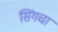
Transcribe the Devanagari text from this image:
सिंगचा